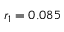
r _ { 1 } = 0 . 0 8 5